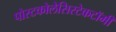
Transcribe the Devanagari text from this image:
पोस्टकोलेसिस्टेकटॉमी